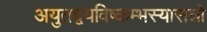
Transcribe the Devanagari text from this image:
अयुतद्वयविष्कम्भस्यासन्नो